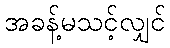
အခန့်မသင့်လျှင်